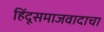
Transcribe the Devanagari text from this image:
हिंदूसमाजवादाचा